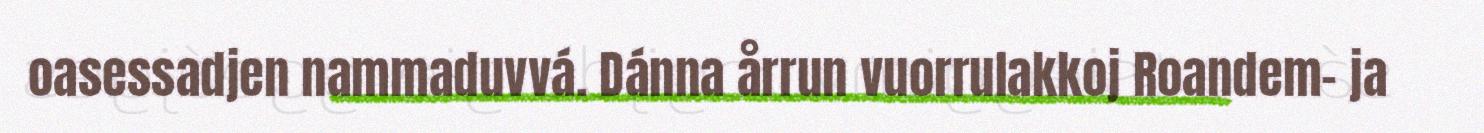
oasessadjen nammaduvvá. Dánna årrun vuorrulakkoj Roandem- ja